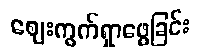
ဈေးကွက်ရှာဖွေခြင်း